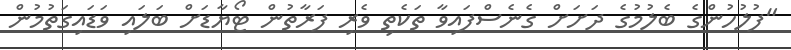
"ފުލުހުންގެ ބެލުމުގެ ދަށަށް ގެނެސްފައިވާ ތަކެތި ވެރި ފަރާތުން ޓޯޔާޑަށް ބަލައި ވަޑައިގަތުމުން